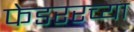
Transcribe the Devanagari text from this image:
फेडररच्या